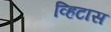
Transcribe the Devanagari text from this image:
व्हिटास